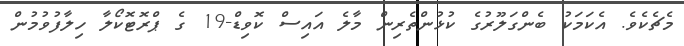
މެޗެކެވެ. އެކަމަކު ބެންގަލޫރުގެ ކުޅުންތެރިން މާލެ އައިސް ކޮވިޑް-19 ގެ ޕްރޮޓޮކޯލާ ހިލާފުވުމުން